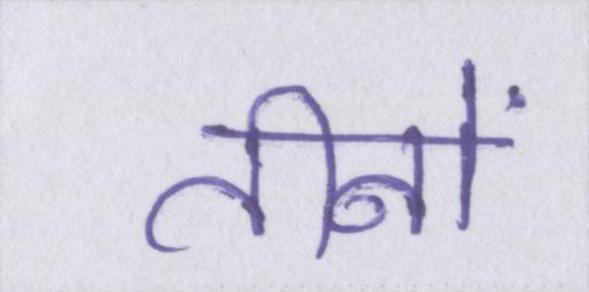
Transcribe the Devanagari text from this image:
तीनों